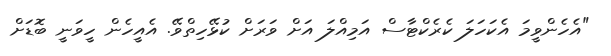
"އެހެންވީމަ އެކަހަލަ ކެރެކްޓާސް އަމިއްލަ އަށް ވަރަށް ކުޅޭހިތްވޭ. އެއީހެން ހީވަނީ ބޮޑަށް